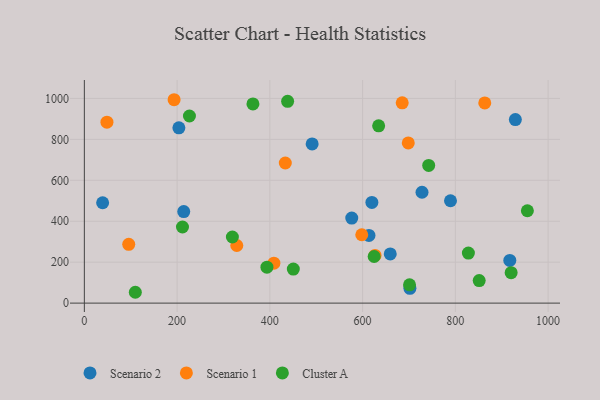
{"axis": {"x": "Price", "y": "Yield"}, "legend": ["Cluster A", "Scenario 1", "Scenario 2"], "data": [{"x": "491.2", "y": 777.9, "type": "Scenario 2"}, {"x": "620.0", "y": 491.8, "type": "Scenario 2"}, {"x": "702.0", "y": 72.3, "type": "Scenario 2"}, {"x": "39.4", "y": 490.4, "type": "Scenario 2"}, {"x": "203.8", "y": 856.3, "type": "Scenario 2"}, {"x": "929.4", "y": 896.7, "type": "Scenario 2"}, {"x": "659.6", "y": 240.5, "type": "Scenario 2"}, {"x": "728.1", "y": 541.5, "type": "Scenario 2"}, {"x": "917.4", "y": 208.6, "type": "Scenario 2"}, {"x": "214.3", "y": 447.1, "type": "Scenario 2"}, {"x": "576.6", "y": 415.6, "type": "Scenario 2"}, {"x": "789.5", "y": 500.2, "type": "Scenario 2"}, {"x": "613.7", "y": 330.5, "type": "Scenario 2"}, {"x": "95.7", "y": 287.1, "type": "Scenario 1"}, {"x": "193.5", "y": 993.6, "type": "Scenario 1"}, {"x": "598.2", "y": 334.0, "type": "Scenario 1"}, {"x": "685.4", "y": 978.6, "type": "Scenario 1"}, {"x": "328.7", "y": 281.6, "type": "Scenario 1"}, {"x": "863.4", "y": 978.0, "type": "Scenario 1"}, {"x": "48.7", "y": 883.8, "type": "Scenario 1"}, {"x": "698.5", "y": 782.7, "type": "Scenario 1"}, {"x": "626.8", "y": 232.8, "type": "Scenario 1"}, {"x": "433.3", "y": 684.6, "type": "Scenario 1"}, {"x": "408.7", "y": 195.1, "type": "Scenario 1"}, {"x": "226.6", "y": 914.0, "type": "Cluster A"}, {"x": "450.6", "y": 166.5, "type": "Cluster A"}, {"x": "742.5", "y": 672.7, "type": "Cluster A"}, {"x": "701.2", "y": 89.3, "type": "Cluster A"}, {"x": "319.2", "y": 323.1, "type": "Cluster A"}, {"x": "634.6", "y": 865.9, "type": "Cluster A"}, {"x": "955.3", "y": 451.3, "type": "Cluster A"}, {"x": "393.7", "y": 175.6, "type": "Cluster A"}, {"x": "828.1", "y": 244.7, "type": "Cluster A"}, {"x": "624.9", "y": 227.8, "type": "Cluster A"}, {"x": "211.6", "y": 371.9, "type": "Cluster A"}, {"x": "109.9", "y": 53.0, "type": "Cluster A"}, {"x": "438.3", "y": 985.7, "type": "Cluster A"}, {"x": "920.3", "y": 148.6, "type": "Cluster A"}, {"x": "363.5", "y": 973.3, "type": "Cluster A"}, {"x": "851.4", "y": 110.2, "type": "Cluster A"}]}